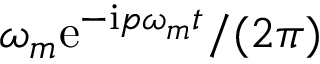
\omega _ { m } \mathrm { e } ^ { - \mathrm { i } p \omega _ { m } t } / ( 2 \pi )